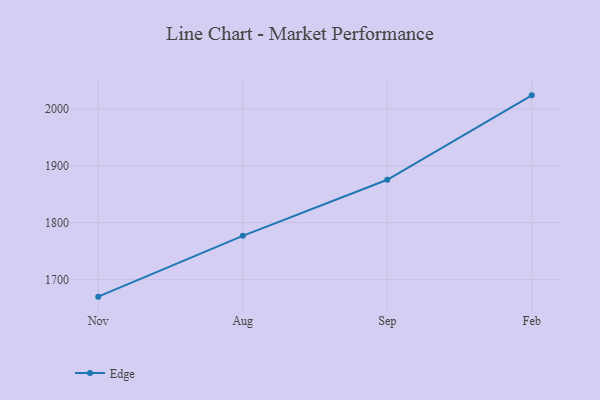
{"axis": {"x": "Month", "y": "Operating Costs (USD K)"}, "legend": ["Edge"], "data": [{"x": "Nov", "y": 1669.7, "type": "Edge"}, {"x": "Aug", "y": 1776.8, "type": "Edge"}, {"x": "Sep", "y": 1875.5, "type": "Edge"}, {"x": "Feb", "y": 2024.1, "type": "Edge"}]}